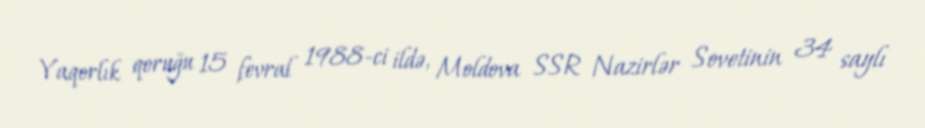
Yaqorlık qoruğu 15 fevral 1988-ci ildə, Moldova SSR Nazirlər Sovetinin 34 saylı